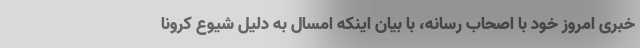
خبری امروز خود با اصحاب رسانه، با بیان اینکه امسال به دلیل شیوع کرونا